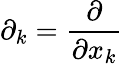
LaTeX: \partial_{k}={\frac{\partial}{\partial x_{k}}}